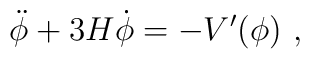
\ddot\phi + 3H\dot\phi = -{V'(\phi)} \ ,